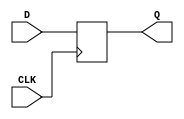

module sky130_fd_sc_hd__dfxtp_1 (
    Q  ,
    CLK,
    D

);


    output Q  ;
    input  CLK;
    input  D  ;

    reg q_reg;
    wire mux_out;
    assign mux_out = D;
//-------------Code Starts Here---------
always @ ( posedge CLK)
       begin
             q_reg <= mux_out;
       end

assign Q = q_reg;


endmodule